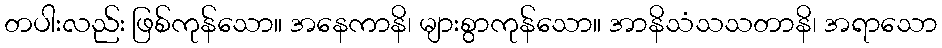
တပါးလည်း ဖြစ်ကုန်သော။ အနေကာနိ၊ များစွာကုန်သော။ အာနိသံသသတာနိ၊ အရာသော